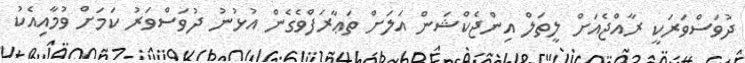
ދުވަސްވަރަކީ ރާއްޖެއަށް ލީތަލް އިންޖެކްޝަން އަލަށް ތަޢާރަފްވެގެން އުޅުނު ދުވަސްވަރު ކަމަށް ވުމާއިއެކު